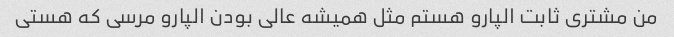
من مشتری ثابت الپارو هستم مثل همیشه عالی بودن الپارو مرسی که هستی